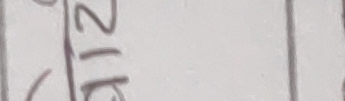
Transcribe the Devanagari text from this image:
२१६